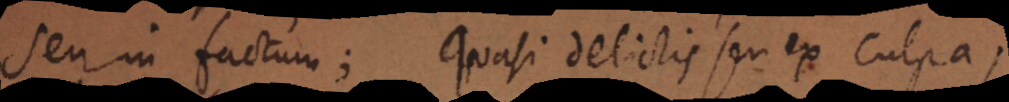
seu in factum; quasi delictis seu ex culpa;